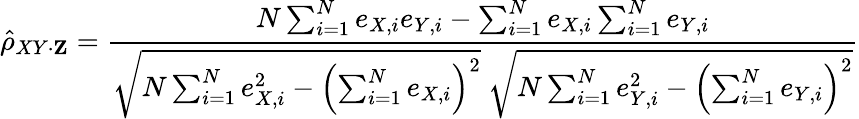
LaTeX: {\hat{\rho}}_{XY\cdot\mathbf{Z}}={\frac{N\sum_{i=1}^{N}e_{X,i}e_{Y,i}-\sum_{i=1}^{N}e_{X,i}\sum_{i=1}^{N}e_{Y,i}}{{\sqrt{N\sum_{i=1}^{N}e_{X,i}^{2}-\left(\sum_{i=1}^{N}e_{X,i}\right)^{2}}}~{\sqrt{N\sum_{i=1}^{N}e_{Y,i}^{2}-\left(\sum_{i=1}^{N}e_{Y,i}\right)^{2}}}}}